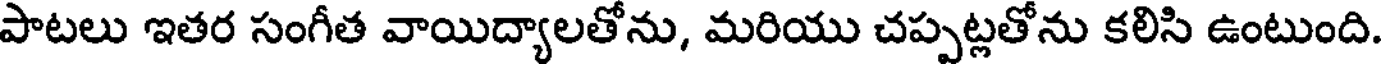
పాటలు ఇతర సంగీత వాయిద్యాలతోను, మరియు చప్పట్లతోను కలిసి ఉంటుంది.